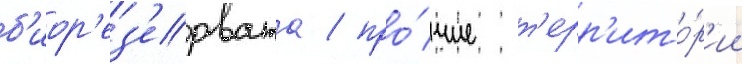
б'иор'ез'ервата / про́чие т'ерр'ито́р'ии